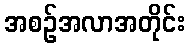
အစဉ်အလာအတိုင်း